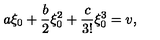
a \xi _ { 0 } + \frac { b } { 2 } \xi _ { 0 } ^ { 2 } + \frac { c } { 3 ! } \xi _ { 0 } ^ { 3 } = v ,